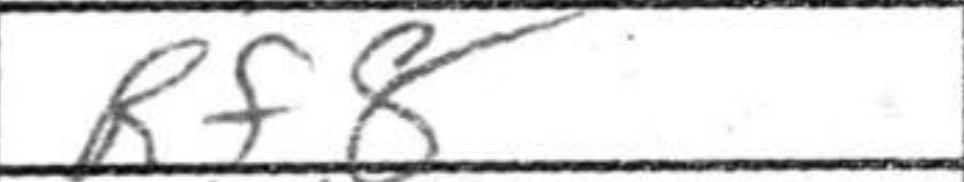
Transcription: Rf8